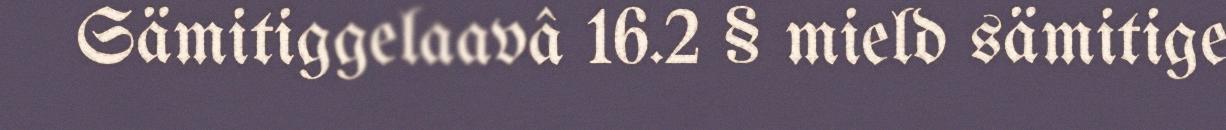
Sämitiggelaavâ 16.2 § mield sämitige